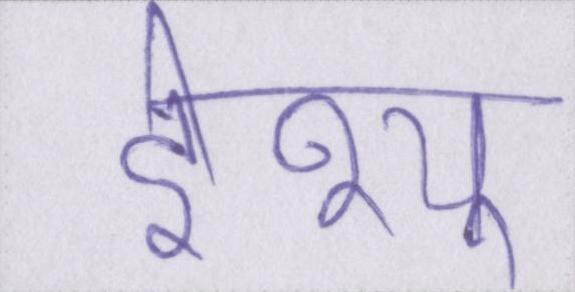
ईश्यु